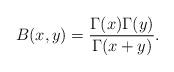
LaTeX: \begin{align*} B(x,y)=\frac{\Gamma(x)\Gamma(y)}{\Gamma(x+y)}.\end{align*}